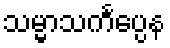
သမ္မာသင်္ကပ္ပေန